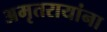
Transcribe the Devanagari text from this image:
अमृतरायांना